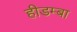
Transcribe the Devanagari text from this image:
हीडम्बा